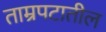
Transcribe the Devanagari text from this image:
ताम्रपटातील